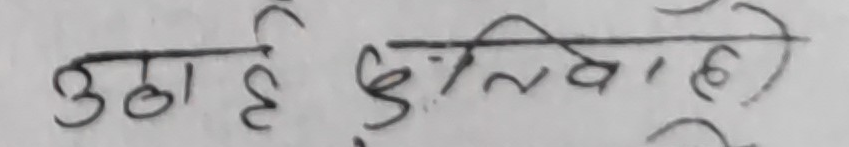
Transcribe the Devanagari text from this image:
उठा है लिखा है